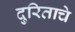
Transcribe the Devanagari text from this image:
दुरिताचे